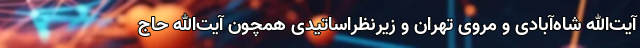
آیت‌الله شاه‌آبادی و مروی تهران و زیرنظراساتیدی همچون آیت‌الله حاج